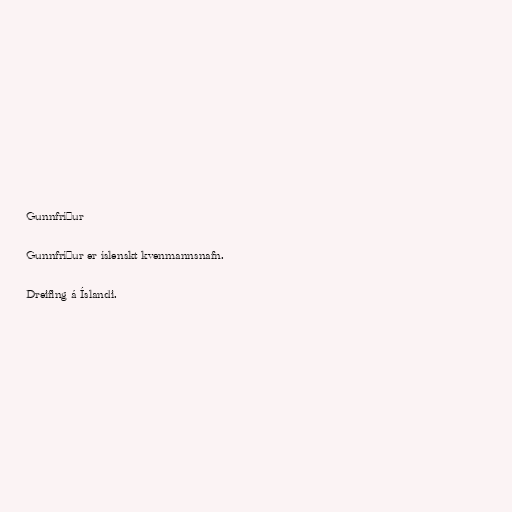
Gunnfríður

Gunnfríður er íslenskt kvenmannsnafn.

Dreifing á Íslandi.